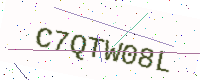
Text: C7QTW08L